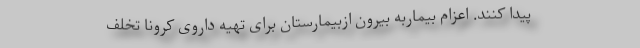
پیدا کنند. اعزام بیماربه بیرون ازبیمارستان برای تهیه داروی کرونا تخلف